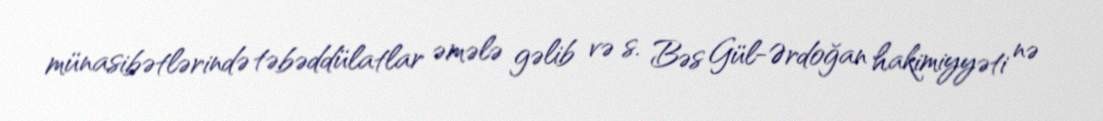
münasibətlərində təbəddülatlar əmələ gəlib və s. Bəs Gül-Ərdoğan hakimiyyəti nə